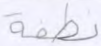
نطفة